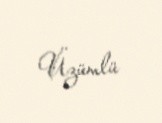
Üzümlü